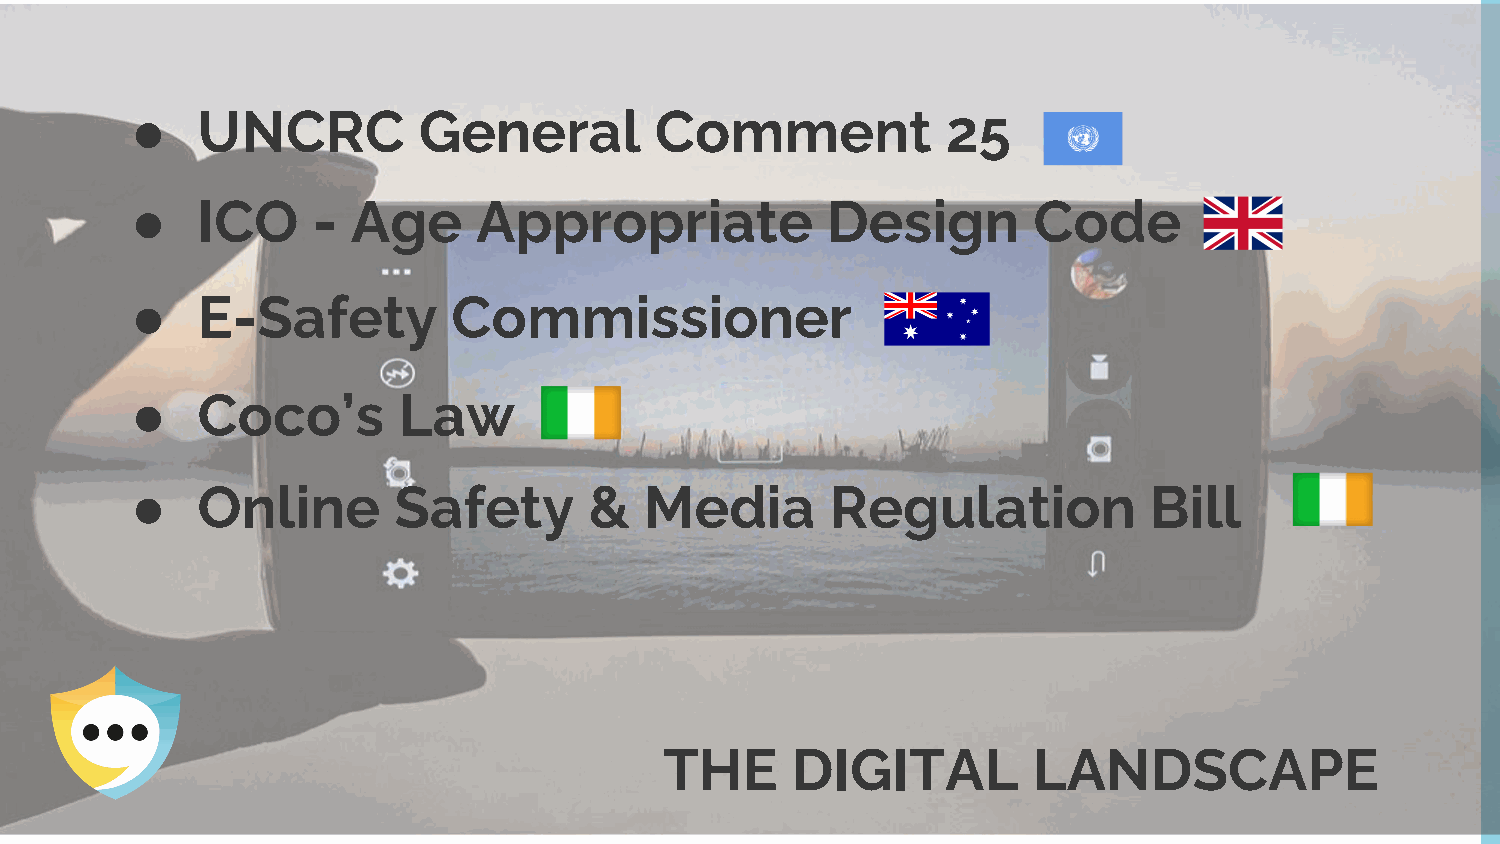
●   UNCRC          General        Comment             25
 ●   ICO     - Age      Appropriate            Design       Code
 ●   E-Safety         Commissioner
 ●   Coco’s       Law
 ●   Online       Safety       &   Media       Regulation           Bill
 THE     DIGITAL         LANDSCAPE